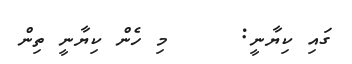
ގައި ކިޔާނީ:     މި ހެން ކިޔާނީ ތިން